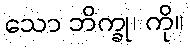
သော ဘိက္ခု၊ ကို။